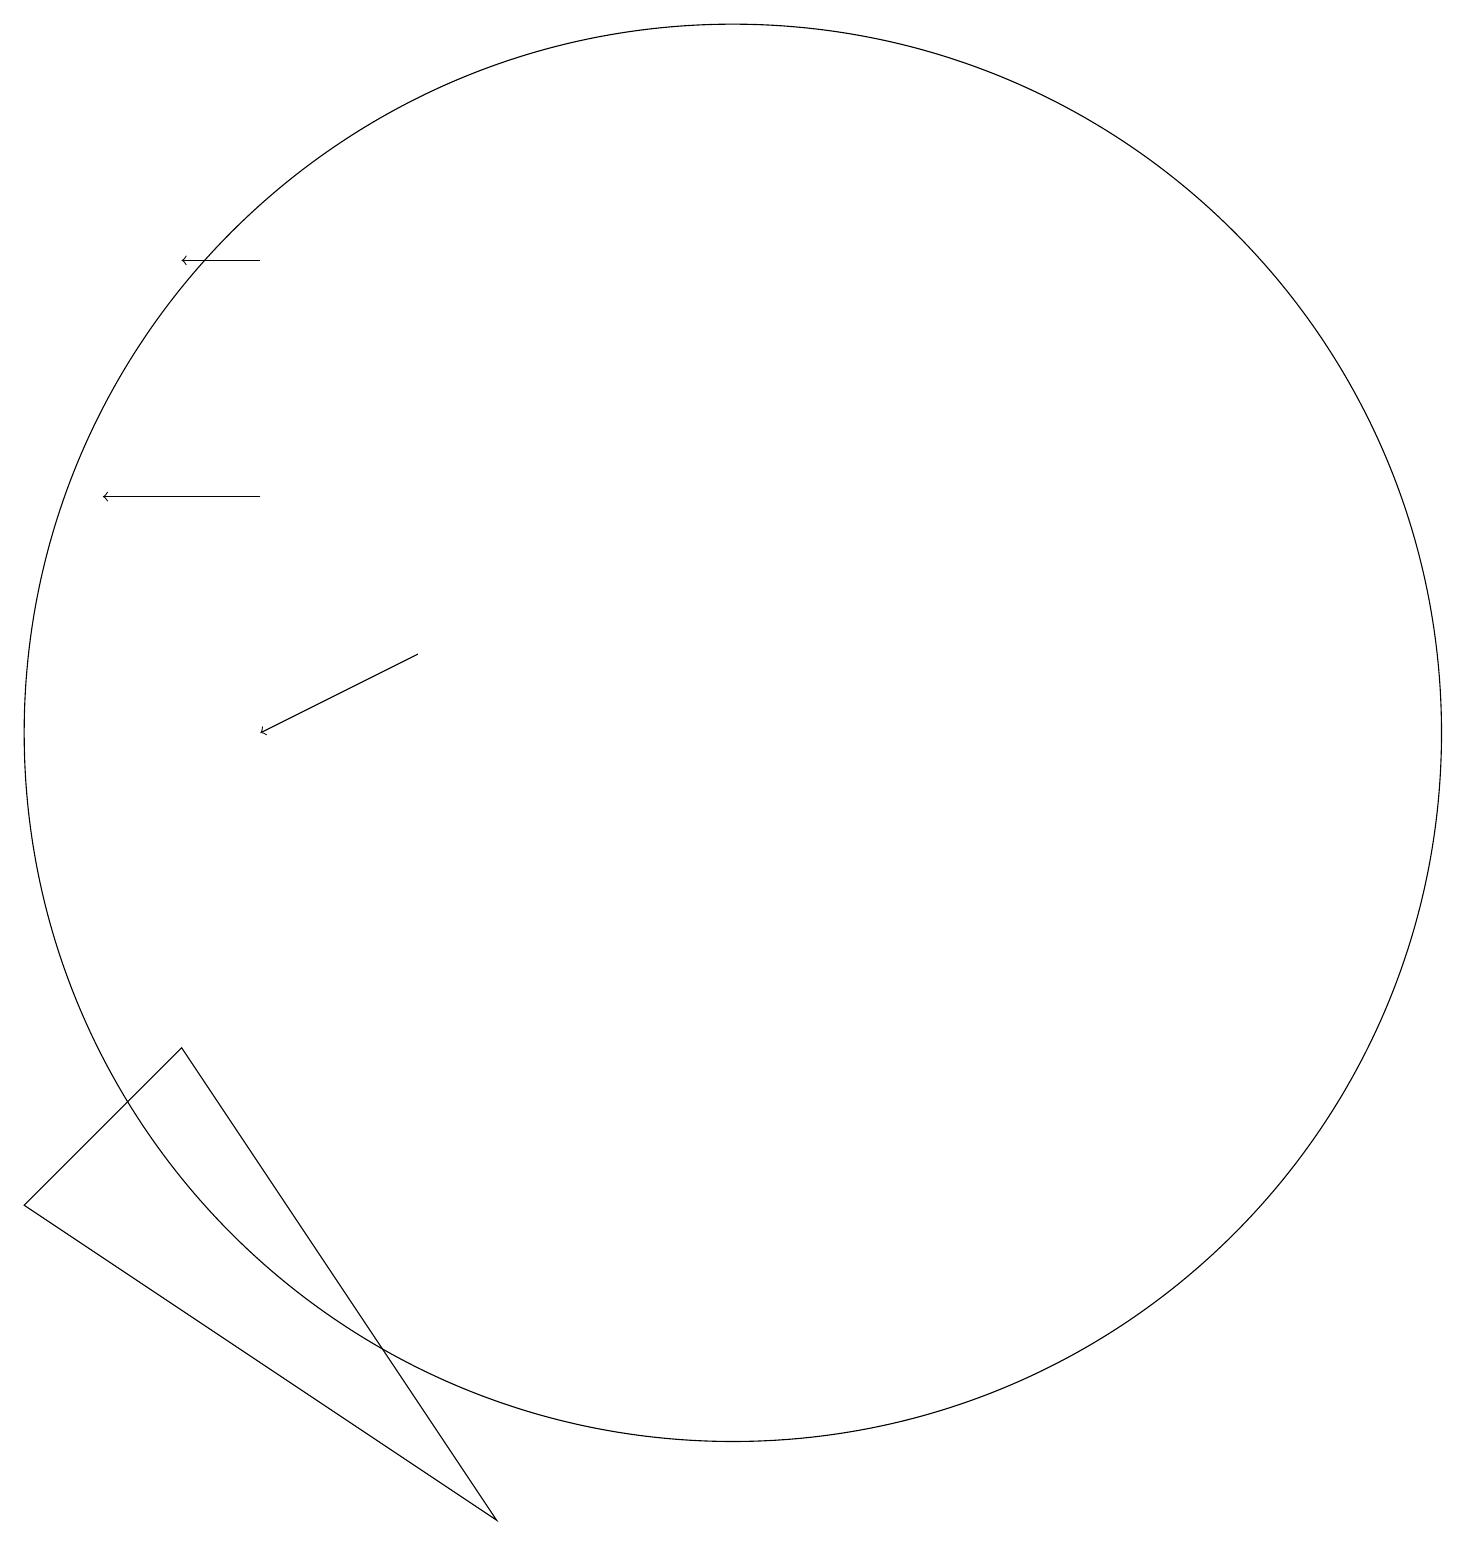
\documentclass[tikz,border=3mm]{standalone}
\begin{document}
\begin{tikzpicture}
\draw (8,2) -- (4,8) -- (2,6) -- cycle;
\draw[->] (7,13) -- (5,12);
\draw (11,12) circle (9);
\draw (12,11) circle (0);
\draw[->] (5,15) -- (3,15);
\draw[->] (5,18) -- (4,18);
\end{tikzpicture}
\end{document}